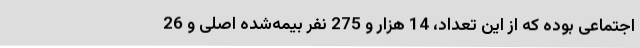
اجتماعی بوده که از این تعداد، 14 هزار و 275 نفر بیمه‌شده اصلی و 26